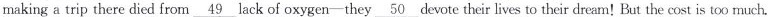
making a trip there died from \underline{49} lack of oxygen-they_ 50devote their lives to their dream! But the cost is too much.